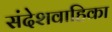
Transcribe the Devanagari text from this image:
संदेशवाहिका